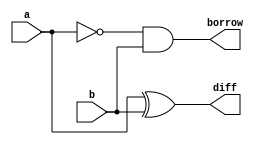

module halfsub(input a,
               input b,
               output diff,
               output  borrow);

//structural modelling
  xor (diff,a,b);
  and (borrow,~a,b);
  
endmodule